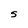
Character: S